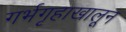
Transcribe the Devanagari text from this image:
गर्भगृहाखालून